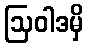
ဩဝါဒမှိ